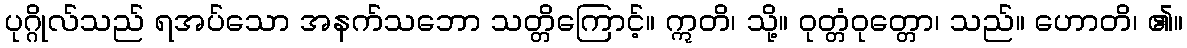
ပုဂ္ဂိုလ်သည် ရအပ်သော အနက်သဘော သတ္တိကြောင့်။ ဣတိ၊ သို့။ ဝုတ္တံဝုတ္တော၊ သည်။ ဟောတိ၊ ၏။